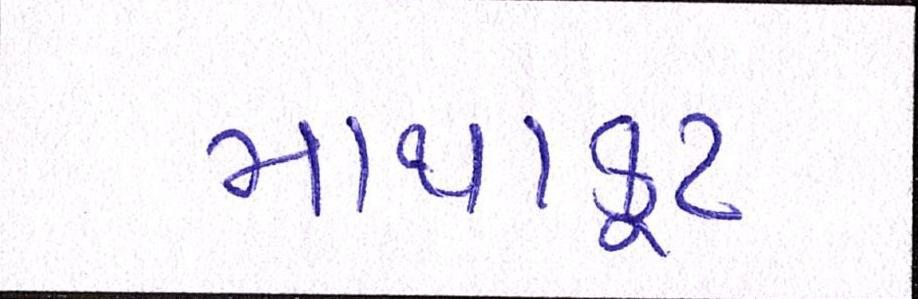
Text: માથાકૂટ